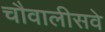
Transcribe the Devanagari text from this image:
चौवालीसवे